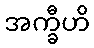
အက္ခီဟိ